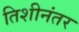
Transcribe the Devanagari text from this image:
तिशीनंतर